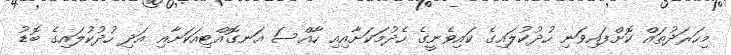
މިހަރަދުތައް ކޮށްފައިވަނި ހުދުކުލައިގެ ކައިވެނީގެ ހެދުމަކަށާއިއި ހާއްސަ އަނގޮއްޓިއަކަށާއި އަދި ހުދުކުލައިގެ ބޮޑު